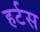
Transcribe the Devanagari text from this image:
हर्टस